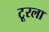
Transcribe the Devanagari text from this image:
टूरला